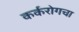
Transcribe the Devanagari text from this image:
कर्करोगचा